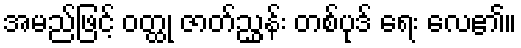
အမည်ဖြင့် ဝတ္ထု ဇာတ်ညွှန်း တစ်ပုဒ် ရေး လေ၏။